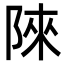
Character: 䧒